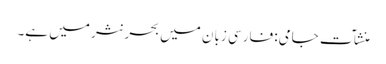
منشآت جامی: فارسی زبان میں بحر نثر میں ہے۔